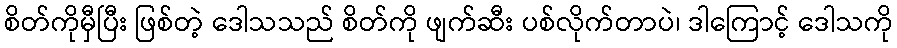
စိတ်ကိုမှီပြီး ဖြစ်တဲ့ ဒေါသသည် စိတ်ကို ဖျက်ဆီး ပစ်လိုက်တာပဲ၊ ဒါကြောင့် ဒေါသကို